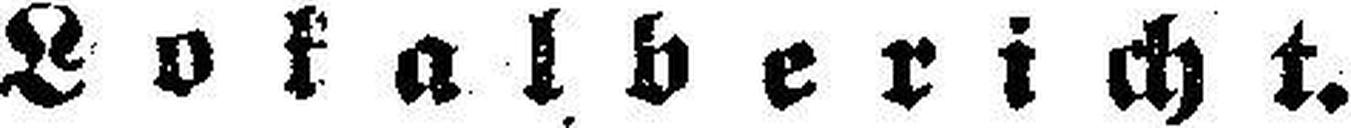
Lokalbericht.